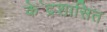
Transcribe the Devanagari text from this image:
के॓द्रशासित